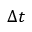
\Delta t